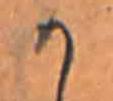
か